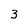
Character: 3